Report of an investigation of the epidemic of malarial fever in Assam, or, kala-azar
Disease focus: Malaria
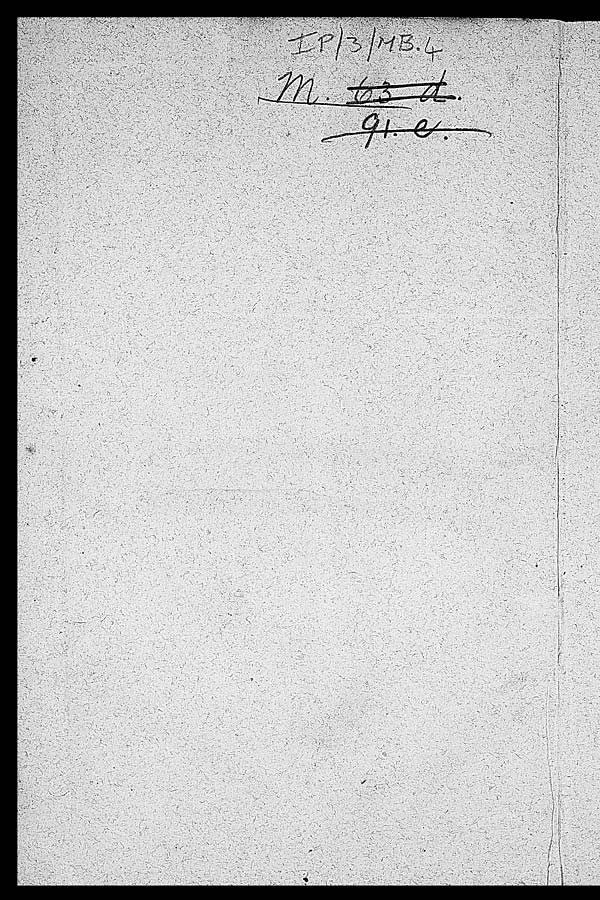
m.63.d 91.e